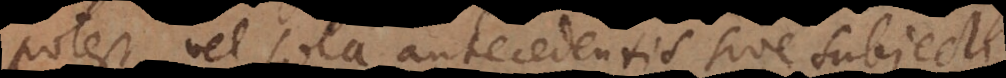
potest, vel sola antecedentis sive subjecti,